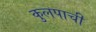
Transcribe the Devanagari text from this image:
कुलपाची